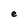
Character: e